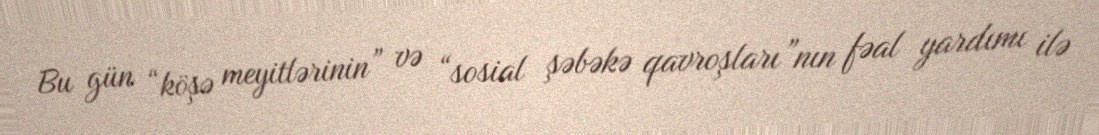
Bu gün “köşə meyitlərinin” və “sosial şəbəkə qavroşları”nın fəal yardımı ilə